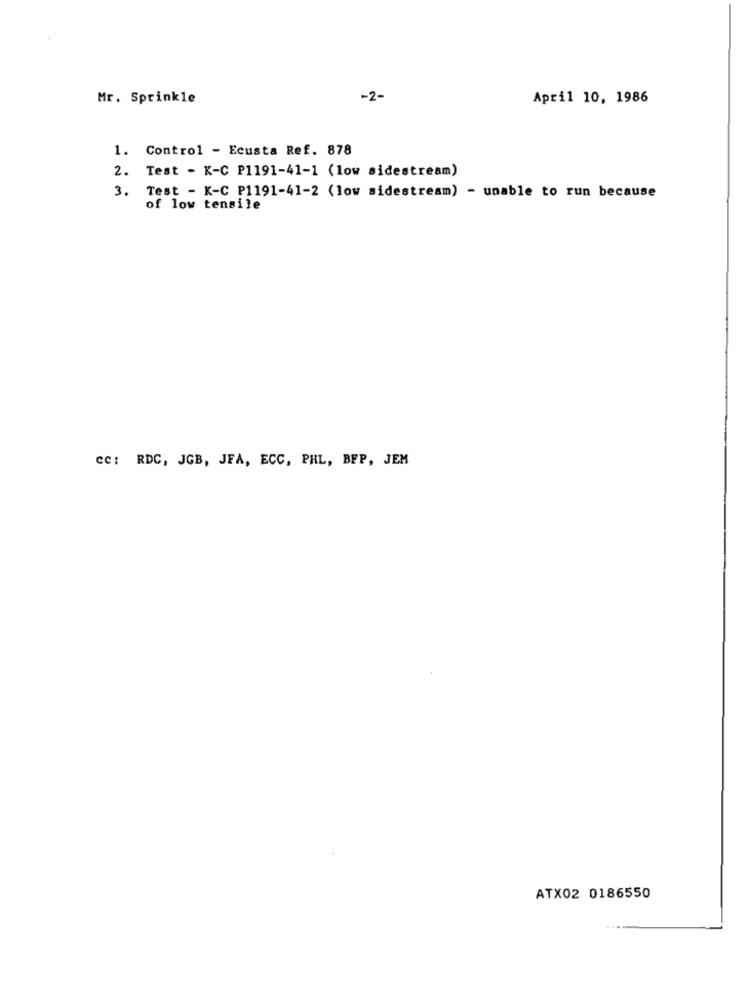
Mr. Sprinkle
-2-
April 10, 1986
1. Control - Ecusta Ref. 878
2. Test - K-C P1191-41-1 (low sidestream)
3. Test - K-C P1191-41-2 (low sidestream) - unable to run because
of low tensile
cc: RDC, JGB, JFA, ECC, PHL, BFP, JEM
ATX02 0186550